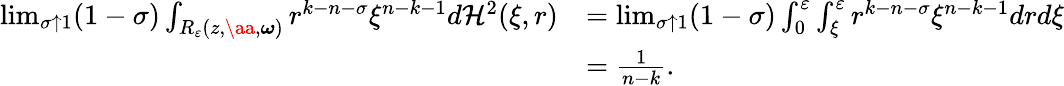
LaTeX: \begin{array}{rl}{\operatorname*{lim}_{\sigma\uparrow 1}(1-\sigma)\int_{R_{\varepsilon}(z,\aa,\boldsymbol{\omega})}r^{k-n-\sigma}\xi^{n-k-1}d\mathcal H^{2}(\xi,r)}&{=\operatorname*{lim}_{\sigma\uparrow 1}(1-\sigma)\int_{0}^{\varepsilon}\int_{\xi}^{\varepsilon}r^{k-n-\sigma}\xi^{n-k-1}drd\xi}\\ &{=\frac{1}{n-k}.}\end{array}